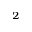
^ 2